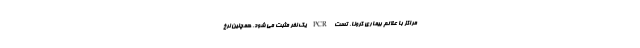
مراکز با علائم بیماری کرونا، تست PCR یک نفر مثبت می شود، همچنین نرخ